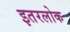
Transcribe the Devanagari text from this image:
इतरलोक